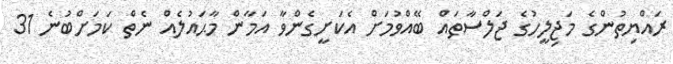
ރައްޔިތުންގެ މަޖިލީހުގެ ޖަލްސާތައް ބޭއްވުމަށް އެކަށީގެންވާ އަމާން މާޙައުލެއް ނެތް ކަމަށްބުނެ 31